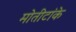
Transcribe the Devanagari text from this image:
मोतीटांके